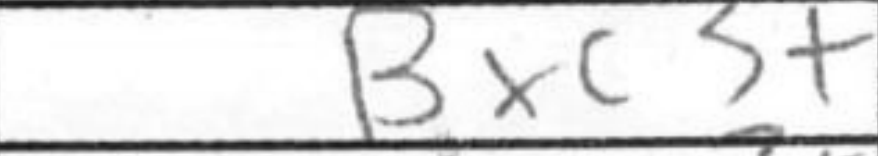
Transcription: Bxc3+